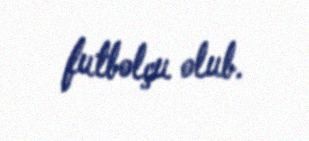
futbolçu olub.